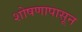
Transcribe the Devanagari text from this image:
शोषणापासून